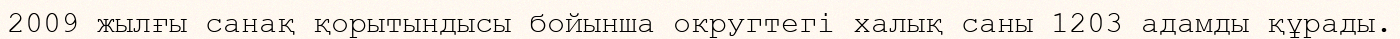
2009 жылғы санақ қорытындысы бойынша округтегі халық саны 1203 адамды құрады.